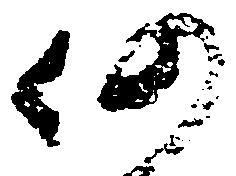
仍